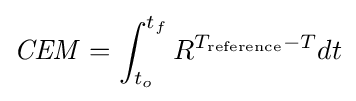
{\mathit {CEM}}=\int _{t_{o}}^{t_{f}}R^{T_{\mathrm {reference} }-T}dt